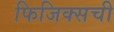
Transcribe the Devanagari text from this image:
फिजिक्सची